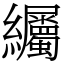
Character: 䌵